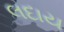
લદાય